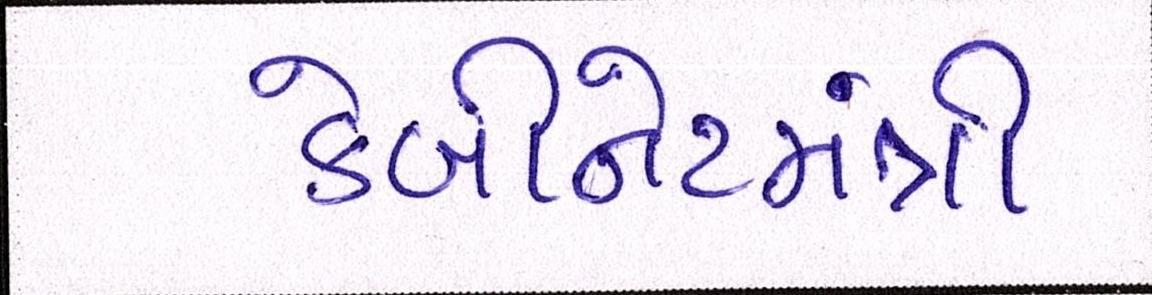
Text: કેબીનેટમંત્રી